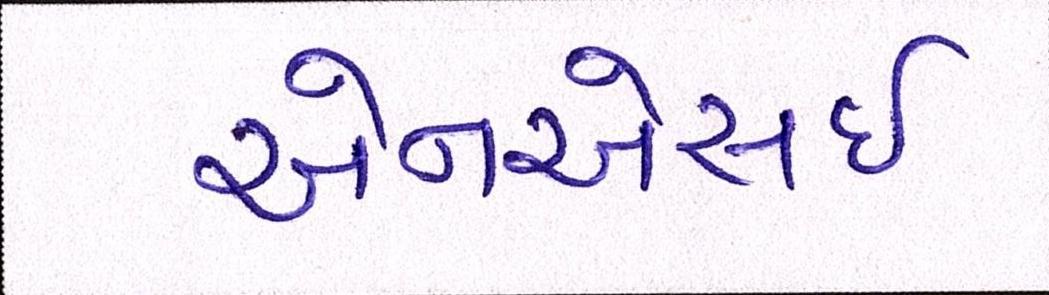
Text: એનએસઇ